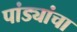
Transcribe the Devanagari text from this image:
पांड्यांचा